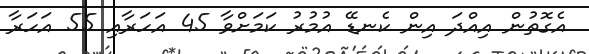
އެގޮތުން އިއްދަ އިން ކެނޑޭ އުމުރު ކަމަށްވާ 45 އަހަރާއި 55 އަހަރާ